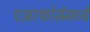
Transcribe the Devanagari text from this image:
एअरफोर्समध्ये